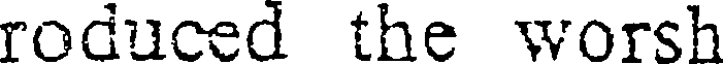
roduced the worsh